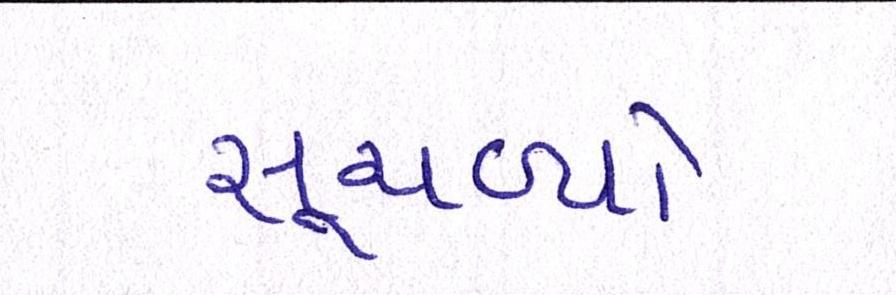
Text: સૂચવ્યો